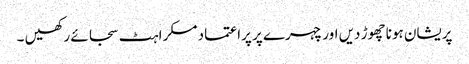
پریشان ہونا چھوڑ دیں اور چہرے پر پراعتماد مسکراہٹ سجائے رکھیں ۔